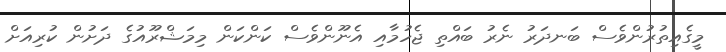
މީގެއިތުރުންވެސް ބަނދަރު ނެރު ބައްތި ޖެހުމާއި އެނޫންވެސް ކަންކަން މިމަޝްރޫއުގެ ދަށުން ކުރިއަށް